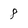
Character: 8